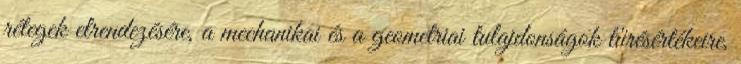
rétegek elrendezésére, a mechanikai és a geometriai tulajdonságok tűrésértékeire,